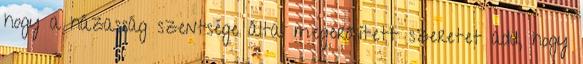
hogy a házasság szentsége által megerősített szeretet add, hogy